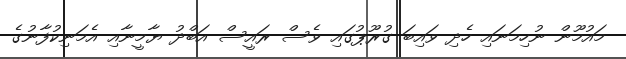
މައުމޫން ނުހިމަނައި ހެދި ވައިބަ ގުރޫޕުގައި ވެސް ރައީސް އަބްދު ޔާމީނާއި އެމަނިކުފާނުގެ